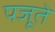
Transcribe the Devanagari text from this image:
पजूते